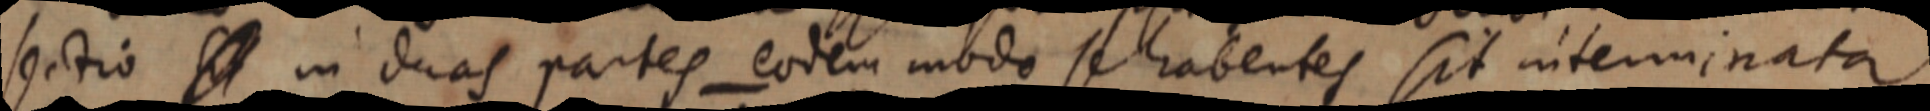
sectio _ in duas partes eodem modo se habentes sit interminata